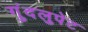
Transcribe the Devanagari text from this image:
गुंदलुपेट